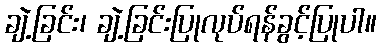
ချဲ့ခြင်း၊ ချဲ့ခြင်းပြုလုပ်ရန်ခွင့်ပြုပါ။